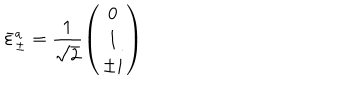
\bar { \varepsilon } _ { \pm } ^ { a } = \frac { 1 } { \sqrt 2 } \left( \begin{array} { c } { { 0 } } \\ { { 1 } } \\ { { \pm i } } \\ \end{array} \right)